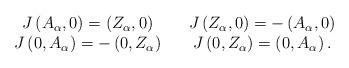
LaTeX: \begin{align*}\begin{array}{ccc}J\left( A_{\alpha },0\right) =\left( Z_{\alpha },0\right) & & J\left(Z_{\alpha },0\right) =-\left( A_{\alpha },0\right) \\ J\left( 0,A_{\alpha }\right) =-\left( 0,Z_{\alpha }\right) & & J\left(0,Z_{\alpha }\right) =\left( 0,A_{\alpha }\right) .\end{array}\end{align*}